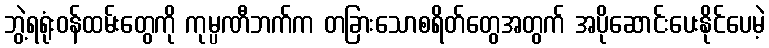
ဘွဲ့ရရုံးဝန်ထမ်းတွေကို ကုမ္ပဏီဘက်က တခြားသောစရိတ်တွေအတွက် အပိုဆောင်းပေးနိုင်ပေမဲ့